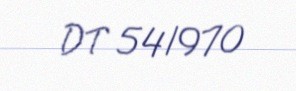
DT 541970